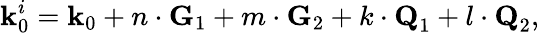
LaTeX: \textbf{k}_{0}^{i}=\textbf{k}_{0}+n\cdot\textbf{G}_{1}+m\cdot\textbf{G}_{2}+k\cdot\textbf{Q}_{1}+l\cdot\textbf{Q}_{2},